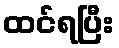
ထင်ရပြီး